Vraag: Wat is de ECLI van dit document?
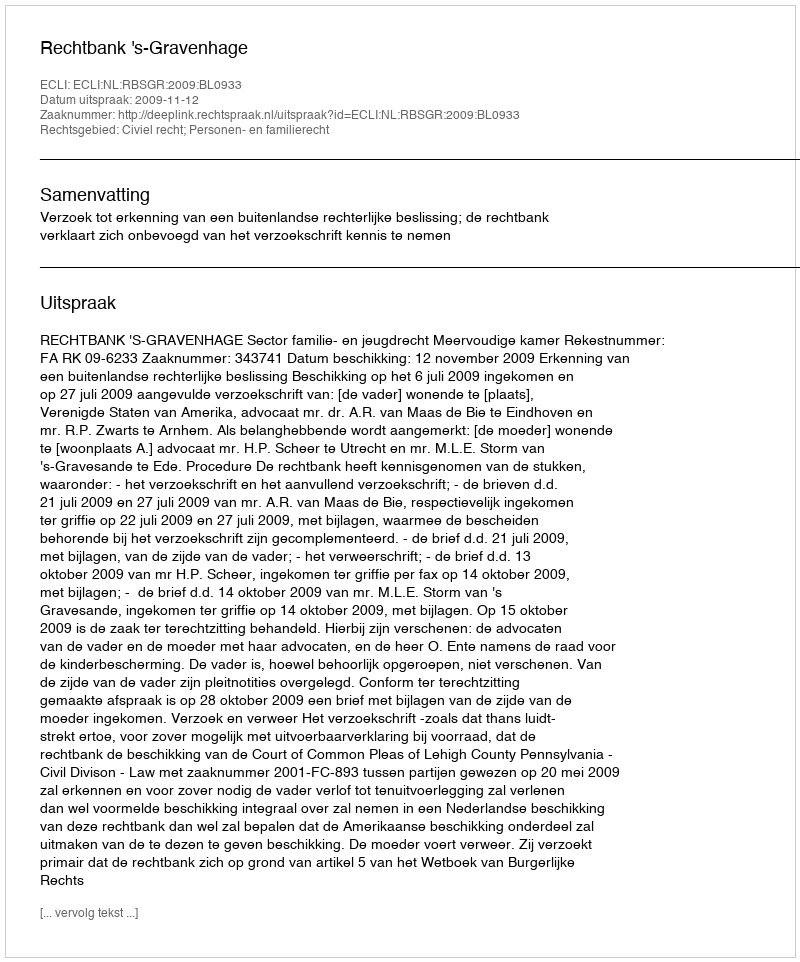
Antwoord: ECLI:NL:RBSGR:2009:BL0933